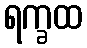
ရက္ခထ